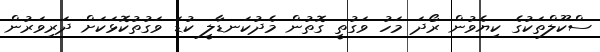
ސްކޫލްތަކުގެ ކިޔެވުން ރޯދަ މަހު ވަގުތީ ގޮތުން މެދުކަނޑާލީ ކުޑަ ވަގުތުކޮޅަކަށް ދަރިވަރުން